Indian journal of veterinary science and animal husbandry - Volumes 28-29, 1958-1959
Year: 1958
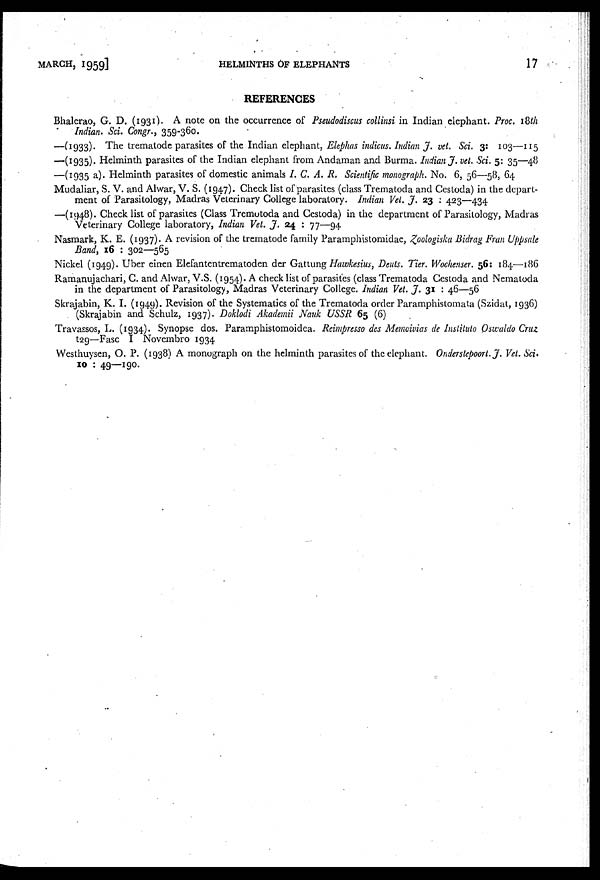
MARCH,
1959]
HELMINTHS OF ELEPHANTS
17
REFERENCES
Bhalerao, G. D. (1931). A note on the occurrence of Pseudodiscus collinsi in Indian elephant. Proc. 18th
Indian. Sci. Congr., 359-360.
—(1933). The trematode parasites of the Indian elephant, Elephas indicus. Indian J. vet. Sci. 3: 103—115
—(1935). Helminth parasites of the Indian elephant from Andaman and Burma. Indian J. vet. Sci. 5: 35—48
—(1935 a). Helminth parasites of domestic animals I. C. A. R. Scientific monograph. No. 6, 56—58, 64
Mudaliar, S. V. and Alwar, V. S. (1947). Check list of parasites (class Trematoda and Cestoda) in the depart-
ment of Parasitology, Madras Veterinary College laboratory. Indian Vet. J. 23 : 423—434
—(1948). Check list of parasites (Class Tremutoda and Cestoda) in the department of Parasitology, Madras
Veterinary College laboratory, Indian Vet. J. 24 : 77—94
Nasmark, K. E. (1937). A revision of the trematode family Paramphistomidac, Zoologiska Bidrag Fran Uppsale
Band, 16 : 302—565
Nickel (1949). Uber einen Elefantentrematoden der Gattung Hawkesius, Deuts. Tier. Wochenser. 56: 184—186
Ramanujachari, C. and Alwar, V.S. (1954). A check list of parasites (class Trematoda Cestoda and Nematoda
in the department of Parasitology, Madras Veterinary College. Indian Vet. J. 31 : 46—56
Skrajabin, K. I. (1949). Revision of the Systematics of the Trematoda order Paramphistomata (Szidat, 1936)
(Skrajabin and Schulz, 1937). Doklodi Akademii Nauk USSR 65 (6)
Travassos, L. (1934). Synopse dos. Paramphistomoidea. Reimpresso des Memoivias de Instituto Oswaldo Cruz
t29—Fasc I Novembro 1934
Westhuysen, O. P. (1938) A monograph on the helminth parasites of the elephant. Onderstepoort. J. Vet. Sci.
10 : 49—190.